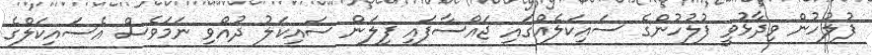
ފުލުހުން ވިދާޅުވީ ފުލުހުންގެ ސައިކަލެއްގައި ޖައްސާފައި ފިލަން ސައިކަލު ދުއްވި ނަމަވެސް އެސައިކަލްގެ